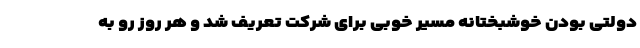
دولتی بودن خوشبختانه مسیر خوبی برای شرکت تعریف شد و هر روز رو به